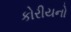
કોરીયનો